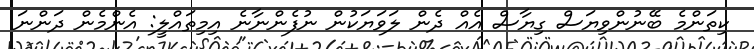
ކިތަންމެ ބޭނުންވިޔަސް ގިޔާސް އެއް ދެން ލަވަޔަކުން ނުފެންނާނެ އިމިތައްލީ: އެންމެން ދަންނަ